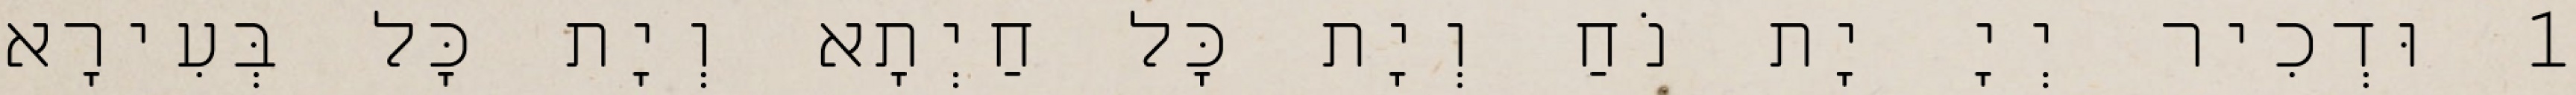
1 וּדְכִיר יְיָ יָת נֹחַ וְיָת כָּל חַיְתָא וְיָת כָּל בְּעִירָא